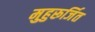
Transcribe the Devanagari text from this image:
मुहुरूर्जित